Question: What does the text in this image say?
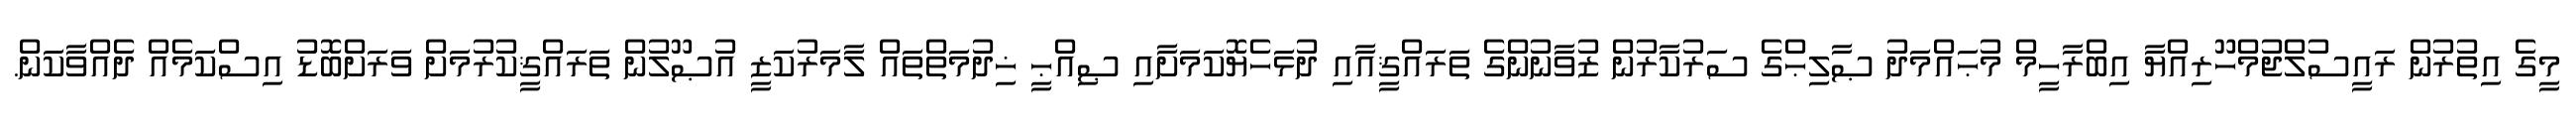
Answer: މީގެ އިތުރުން ރައީސުލްޖުމްހޫރިއްޔާ އިބްރާހީމް މުޙައްމަދު ޞާލިޙްގެ ސަރުކާރުން ޒުވާނުންގެ ތަރައްޤީއާއި ދުޅަހެޔޮކަމަށާއި ޞިއްޙީ ޚިދުމަތްތައް ލާމަރުކަޒީ އުޞޫލުން ތަރައްޤީކުރުމަށް ވަރަށްބޮޑު އިސްކަމެއް ދެއްވާކަން.